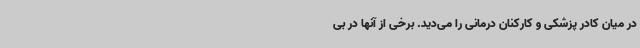
در میان کادر پزشکی و کارکنان درمانی را می‌دید. برخی از آنها در بی